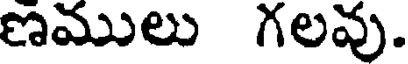
ణములు గలవు.